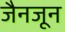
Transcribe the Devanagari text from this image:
जैनजून